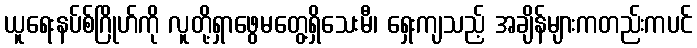
ယူရေးနပ်စ်ဂြိုဟ်ကို လူတို့ရှာဖွေမတွေ့ရှိသေးမီ၊ ရှေးကျသည့် အချိန်များကတည်းကပင်